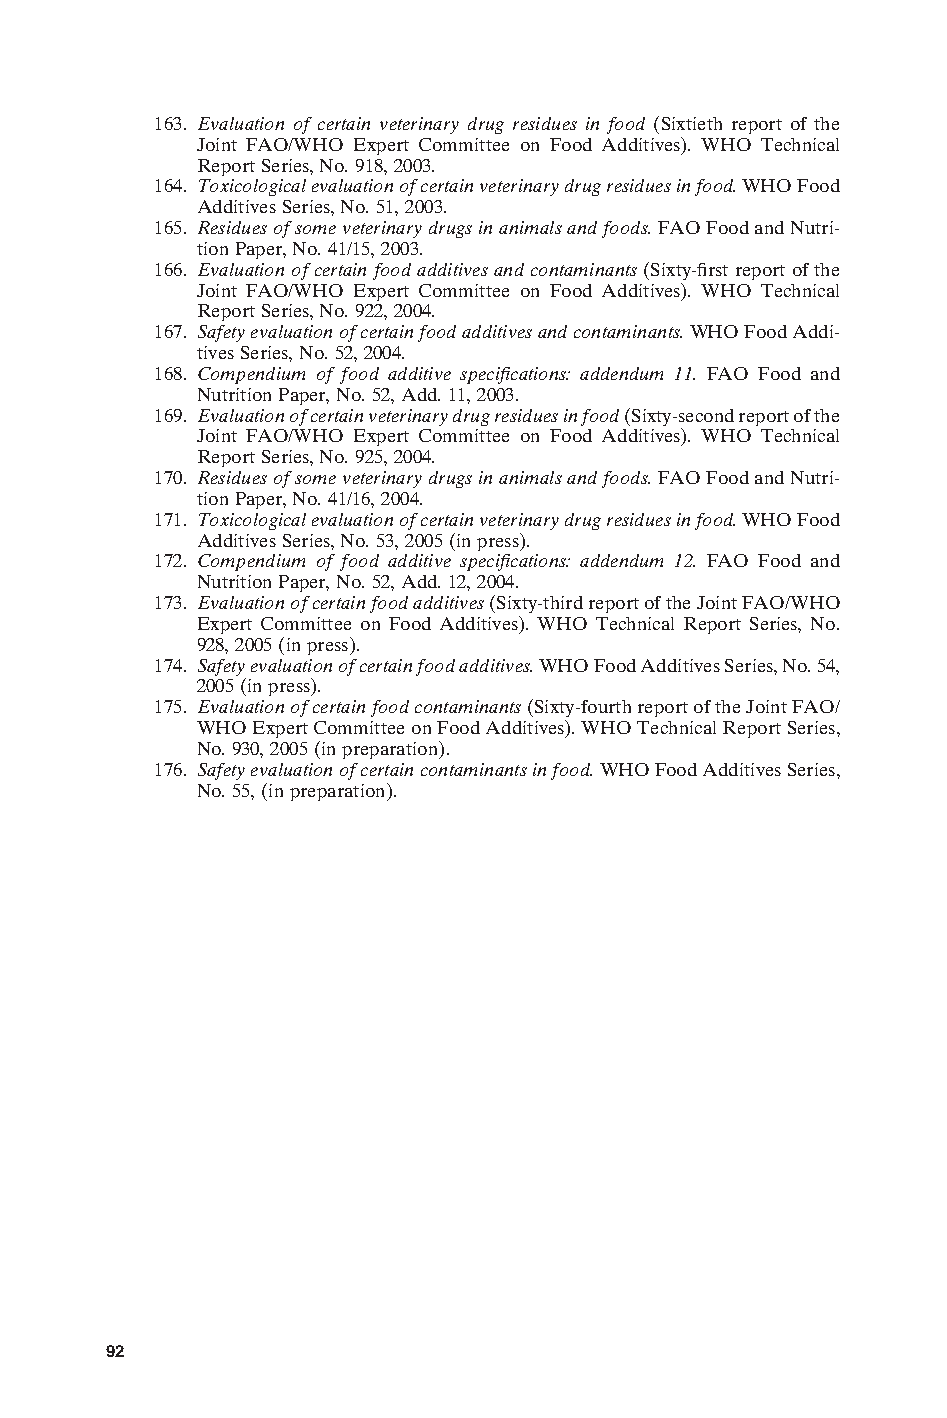
163. Evaluation of certain veterinary drug residues in food (Sixtieth report of the
 Joint FAO/WHO Expert Committee on Food Additives). WHO Technical
 Report Series, No. 918, 2003.
 164. Toxicological evaluation of certain veterinary drug residues in food. WHO Food
 Additives Series, No. 51, 2003.
 165. Residues of some veterinary drugs in animals and foods. FAO Food and Nutri-
 tion Paper, No. 41/15, 2003.
 166. Evaluation of certain food additives and contaminants (Sixty-first report of the
 Joint FAO/WHO Expert Committee on Food Additives). WHO Technical
 Report Series, No. 922, 2004.
 167. Safety evaluation of certain food additives and contaminants. WHO Food Addi-
 tives Series, No. 52, 2004.
 168. Compendium of food additive specifications: addendum 11. FAO Food and
 Nutrition Paper, No. 52, Add. 11, 2003.
 169. Evaluation of certain veterinary drug residues in food (Sixty-second report of the
 Joint FAO/WHO Expert Committee on Food Additives). WHO Technical
 Report Series, No. 925, 2004.
 170. Residues of some veterinary drugs in animals and foods. FAO Food and Nutri-
 tion Paper, No. 41/16, 2004.
 171. Toxicological evaluation of certain veterinary drug residues in food. WHO Food
 Additives Series, No. 53, 2005 (in press).
 172. Compendium of food additive specifications: addendum 12. FAO Food and
 Nutrition Paper, No. 52, Add. 12, 2004.
 173. Evaluation of certain food additives (Sixty-third report of the Joint FAO/WHO
 Expert Committee on Food Additives). WHO Technical Report Series, No.
 928, 2005 (in press).
 174. Safety evaluation of certain food additives. WHO Food Additives Series, No. 54,
 2005 (in press).
 175. Evaluation of certain food contaminants (Sixty-fourth report of the Joint FAO/
 WHO Expert Committee on Food Additives). WHO Technical Report Series,
 No. 930, 2005 (in preparation).
 176. Safety evaluation of certain contaminants in food. WHO Food Additives Series,
 No. 55, (in preparation).
 E
 92
 Untitled-4       92                    12/20/05, 19:53